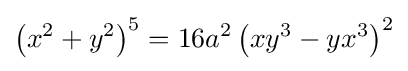
\left(x^{2}+y^{2}\right)^{5}=16a^{2}\left(xy^{3}-yx^{3}\right)^{2}